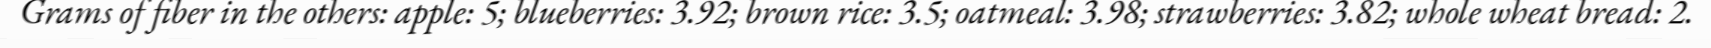
Grams of fiber in the others: apple: 5; blueberries: 3.92; brown rice: 3.5; oatmeal: 3.98; strawberries: 3.82; whole wheat bread: 2.